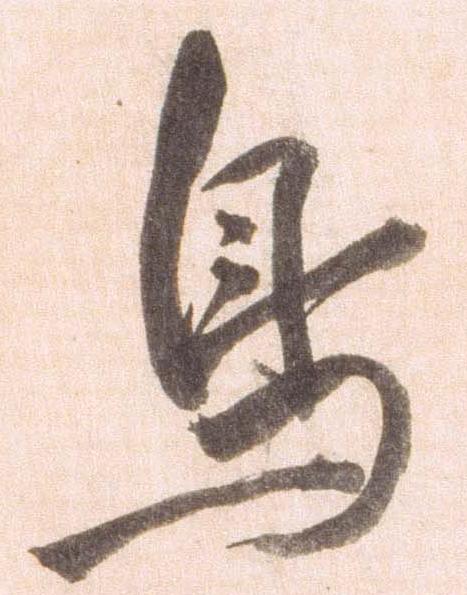
鳥